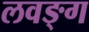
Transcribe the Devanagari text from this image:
लवङ्ग